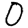
Digit: 0